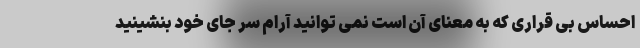
احساس بی قراری که به معنای آن است نمی توانید آرام سر جای خود بنشینید